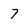
Character: 7